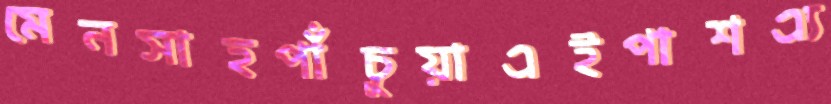
মেনসাহপাঁচুয়াএইপাশএ্য